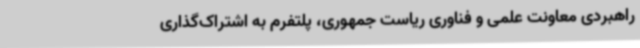
راهبردی معاونت علمی و فناوری ریاست جمهوری، پلتفرم به اشتراک‌گذاری